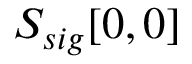
S _ { s i g } [ 0 , 0 ]